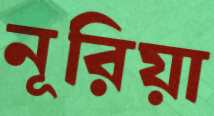
নূরিয়া